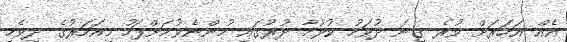
އެއް އަހަރަށް ވުރެ ގިނަ ދުވަހު ކުޅުމާ ދުރުގައި ހުންނެވުމަށްފަހު މިއަހަރުގެ ދިވެހި